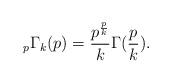
LaTeX: \begin{align*}_{p}\Gamma_{k}(p)=\frac{p^{\frac{p}{k}}}{k}\Gamma(\frac{p}{k}).\end{align*}